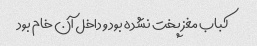
کباب مغز پخت نشده بود و داخل آن خام بود